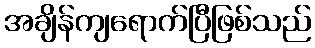
အချိန်ကျရောက်ပြီဖြစ်သည်